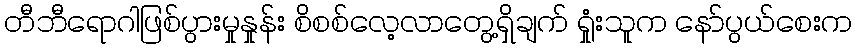
တီဘီရောဂါဖြစ်ပွားမှုနှုန်း စိစစ်လေ့လာတွေ့ရှိချက် ရှုံးသူက နော်ပွယ်စေးက